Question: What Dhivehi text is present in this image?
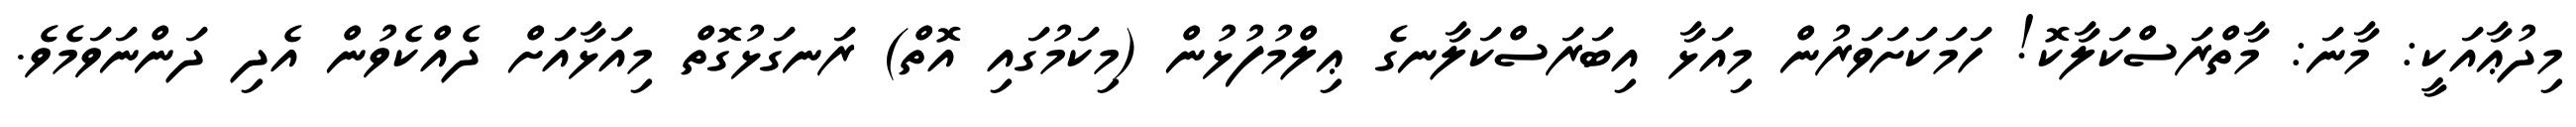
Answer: މިދުޢާއަކީ: މާނަ: މާތްރަސްކަލާކޮ! ހަމަކަށަވަރުން މިއަޅާ އިބަރަސްކަލާނގެ ޢިލްމުފުޅުން (މިކަމުގައި އޮތް) ރަނގަޅުގޮތް މިއަޅާއަށް ދެއްކެވުން އެދި ދަންނަވަމެވެ.